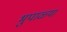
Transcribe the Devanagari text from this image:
भुपाळ्या